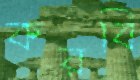
করবি